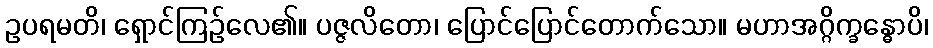
ဥပရမတိ၊ ရှောင်ကြဉ်လေ၏။ ပဇ္ဇလိတော၊ ပြောင်ပြောင်တောက်သော။ မဟာအဂ္ဂိက္ခန္ဓောပိ၊